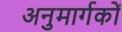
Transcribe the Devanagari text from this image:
अनुमार्गकों